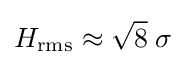
H_{\text{rms}}\approx {\sqrt {8}}\;\sigma